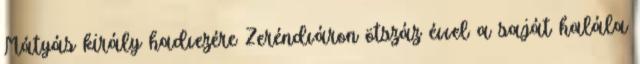
Mátyás király hadvezére Zeréndváron ötszáz évvel a saját halála